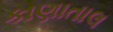
કાણાતાલ